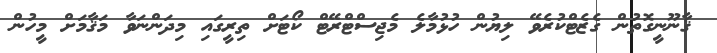
ޤާނޫނީގޮތުން ގެޒެޓްކުރެވޭ ލިޔުން ހުޅުމާލެ މެޖިސްޓްރޭޓް ކޯޓަށް ތިރީގައި މިދަންނަވާ މަޤާމަށް މީހުން